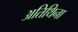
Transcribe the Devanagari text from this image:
अतिथिना